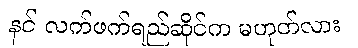
နင် လက်ဖက်ရည်ဆိုင်က မဟုတ်လား